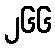
၂၆၆